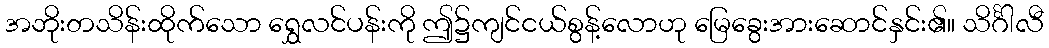
အဘိုးတသိန်းထိုက်သော ရွှေလင်ပန်းကို ဤ၌ကျင်ငယ်စွန့်လောဟု မြေခွေးအားဆောင်နှင်း၏။ သိင်္ဂါလီ